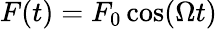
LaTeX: F(t)=F_{0}\cos(\Omega t)